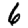
Digit: 6